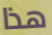
هذا